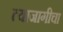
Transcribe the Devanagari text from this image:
त्याजागीचा